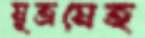
মূত্রমেহ